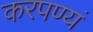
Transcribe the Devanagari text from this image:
करपण्यं